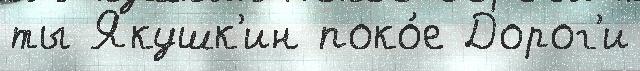
ты Якушк'ин поко́е Дорог'и